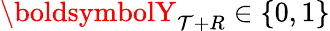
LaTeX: \boldsymbolY_{\mathcal{T}+R}\in\{ 0,1\}